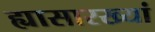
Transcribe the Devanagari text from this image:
ह्यासारख्यां